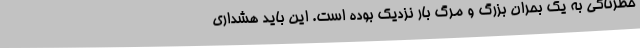
خطرناکی به یک بحران بزرگ و مرگ بار نزدیک بوده است. این باید هشداری